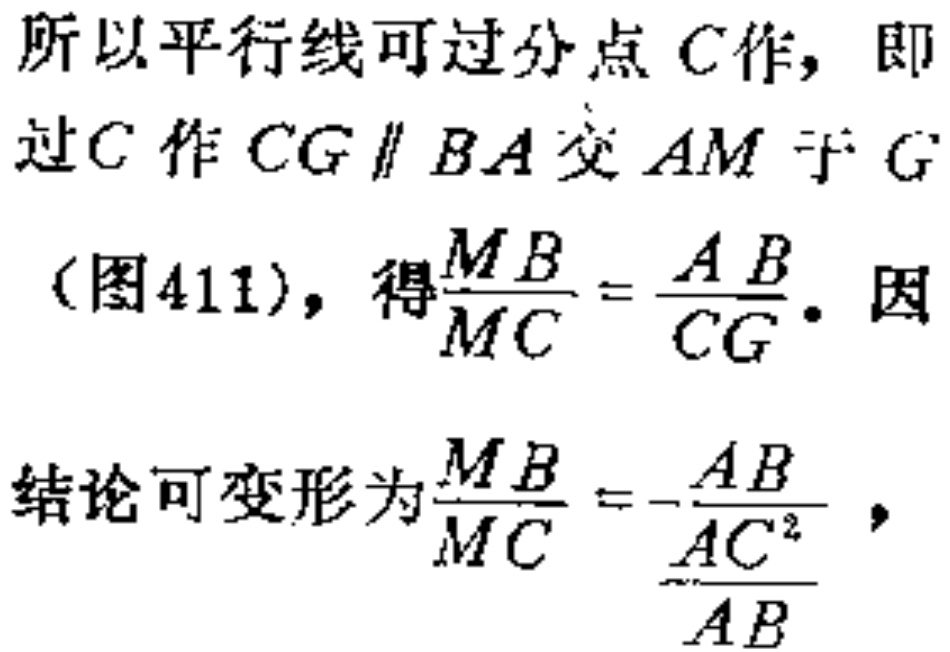
所以平行线可过分点 \(C\) 作，即
过\(C\) 作 \(CG \parallel BA\) 交 \(AM\) 于 \(G\)
（图411），得\(\frac{MB}{MC} = \frac{AB}{CG}\)。因
结论可变形为\(\frac{MB}{MC} = -\frac{AB}{\frac{AC^{2}}{AB}}\)，